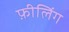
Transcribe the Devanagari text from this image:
फ़ीलिंग